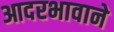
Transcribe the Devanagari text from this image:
आदरभावाने